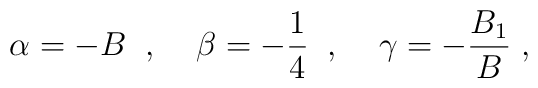
\alpha=-B\;\;,\;\;\;\;\beta=-\frac{1}{4}\;\;,\;\;\;\;\gamma=-\frac{B_1}{B}\;,